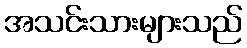
အသင်းသားများသည်